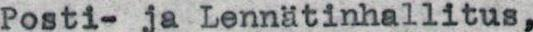
Posti- ja Lennätinhallitus,